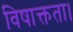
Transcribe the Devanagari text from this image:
विषाक्तता।